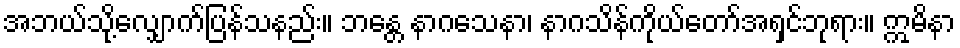
အဘယ်သို့လျှောက်ပြန်သနည်း။ ဘန္တေ နာဂသေနာ၊ နာဂသိန်ကိုယ်တော်အရှင်ဘုရား။ ဣမိနာ